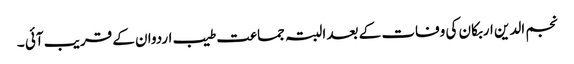
نجم الدین اربکان کی وفات کے بعد البتہ جماعت طیب اردوان کے قریب آئی ۔